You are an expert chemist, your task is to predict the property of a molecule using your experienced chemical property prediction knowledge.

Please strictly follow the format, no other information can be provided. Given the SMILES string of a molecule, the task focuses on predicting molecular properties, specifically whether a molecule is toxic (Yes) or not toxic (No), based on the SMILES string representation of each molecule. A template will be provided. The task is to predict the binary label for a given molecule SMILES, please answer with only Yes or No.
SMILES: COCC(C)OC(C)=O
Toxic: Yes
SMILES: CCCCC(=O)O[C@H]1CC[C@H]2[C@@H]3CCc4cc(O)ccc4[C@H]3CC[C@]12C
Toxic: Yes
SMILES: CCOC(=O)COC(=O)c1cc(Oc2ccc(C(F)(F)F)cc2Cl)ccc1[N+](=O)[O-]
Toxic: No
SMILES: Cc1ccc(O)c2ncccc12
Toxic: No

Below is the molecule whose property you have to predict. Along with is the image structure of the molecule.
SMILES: CC(=O)OCCCc1ccccc1
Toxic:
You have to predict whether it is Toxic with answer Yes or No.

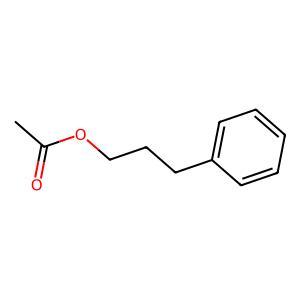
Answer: No